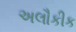
અલૌકીક